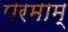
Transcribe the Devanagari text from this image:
परमाम्